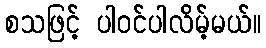
စသဖြင့် ပါဝင်ပါလိမ့်မယ်။